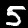
Digit: 5